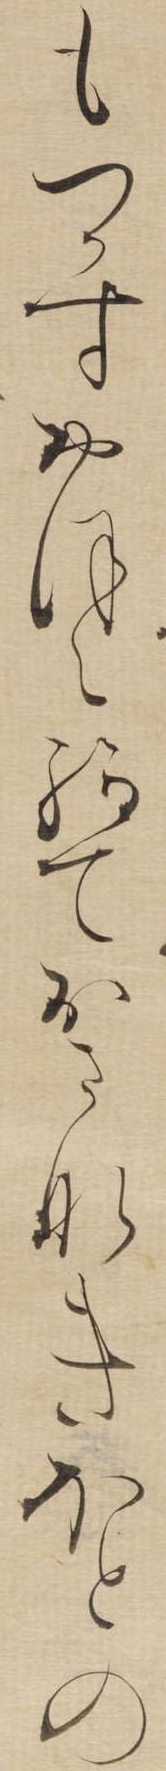
もつかすおほえ給ておさなきほとの